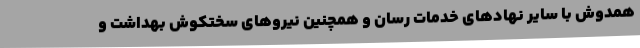
همدوش با سایر نهادهای خدمات رسان و همچنین نیروهای سختکوش بهداشت و